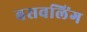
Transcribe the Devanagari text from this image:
बसवलिंग